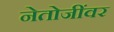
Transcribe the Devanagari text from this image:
नेतोजींवर